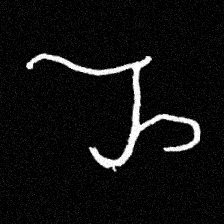
Pyu character \u2014 Myanmar letter: ည (romanized: nya)